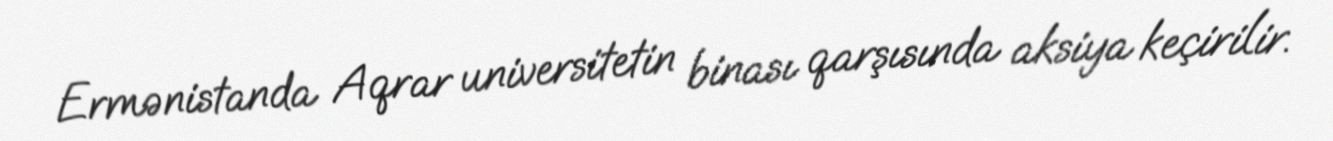
Ermənistanda Aqrar universitetin binası qarşısında aksiya keçirilir.